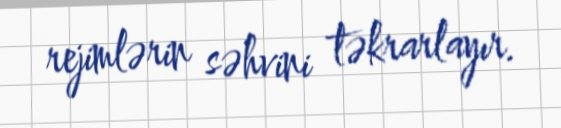
rejimlərin səhvini təkrarlayır.